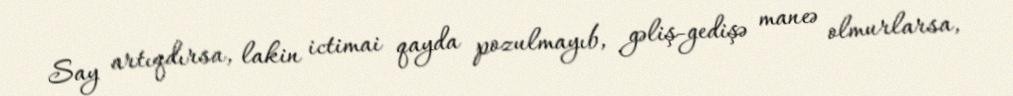
Say artıqdırsa, lakin ictimai qayda pozulmayıb, gəliş-gedişə maneə olmurlarsa,